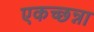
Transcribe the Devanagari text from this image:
एकच्छन्ना